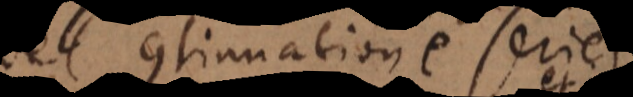
vel continuatione seriei